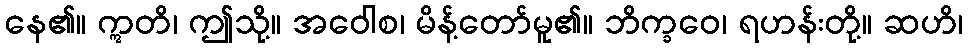
နေ၏။ ဣတိ၊ ဤသို့။ အဝေါစ၊ မိန့်တော်မူ၏။ ဘိက္ခဝေ၊ ရဟန်းတို့။ ဆဟိ၊